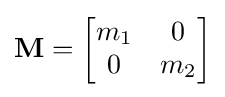
\mathbf {M} ={\begin{bmatrix}m_{1}&0\\0&m_{2}\end{bmatrix}}